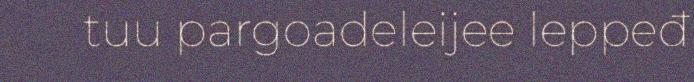
tuu pargoadeleijee leppeđ